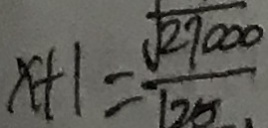
x + 1 = \frac { \sqrt { 2 7 0 0 0 } } { 1 2 5 }